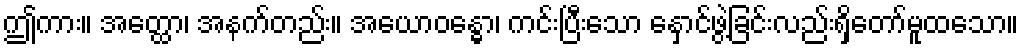
ဤကား။ အတ္ထော၊ အနက်တည်း။ အယောဝန္ဓော၊ ကင်းပြီးသော နှောင်ဖွဲ့ခြင်းလည်းရှိတော်မူထသော။